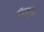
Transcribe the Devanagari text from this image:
निकषांतून